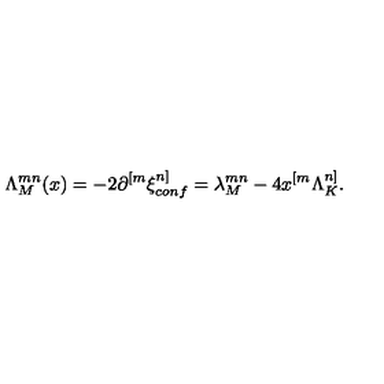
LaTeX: \Lambda _ { M } ^ { m n } ( x ) = - 2 \partial ^ { [ m } \xi _ { c o n f } ^ { n ] } = \lambda _ { M } ^ { m n } - 4 x ^ { [ m } \Lambda _ { K } ^ { n ] } .